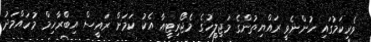
ވެރިކަމުގައި ހުންނެވީ ރައްޔިތުންގެ މަޖިލީހުގެ މެޖޯރިޓީއާ އެކު ކަމަށް ރައީސް އިބްރާހިމް މުހައްމަދު